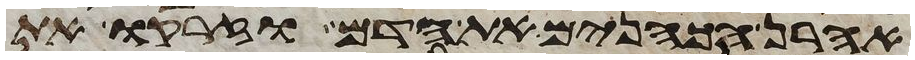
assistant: אהרן הכהנים את הדם וזרקו את